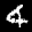
Label: 4